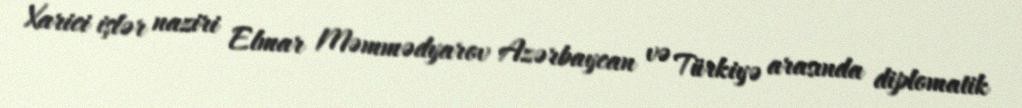
Xarici işlər naziri Elmar Məmmədyarov Azərbaycan və Türkiyə arasında diplomatik